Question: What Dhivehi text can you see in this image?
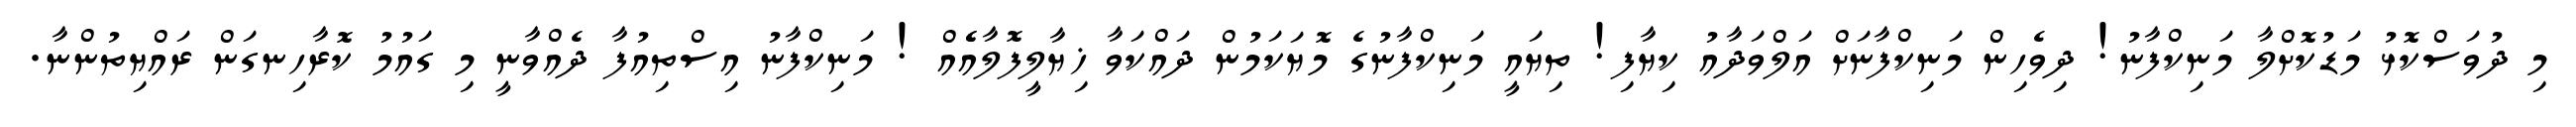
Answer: މި ދުވަސްކޮޅު މަޑުކޮށްލާ މަނިކްފާނު! ދިވެހިން މަނިކްފާނަށް އަލްވަދާއު ކިޔާފި! ތިޔައީ މަނިކްފާނުގެ މޮޔަކަމުން ދައްކަވާ ޚިޔާލީފޮލާއެެއް ! މަނިކްފާނު އިސްތިއުފާ ދެއްވާނީ މި ގައުމު ކޮރާހިނގަން ރައްޔިތުންނާ.